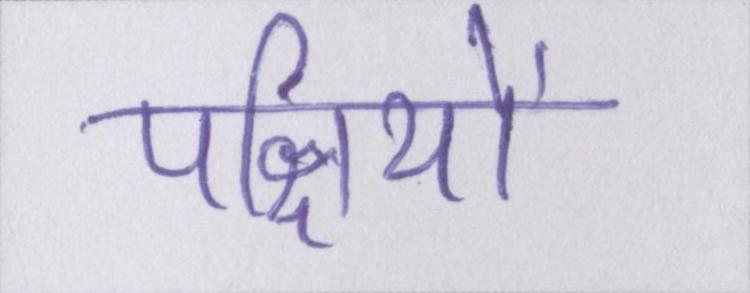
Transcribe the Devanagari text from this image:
पक्षियों